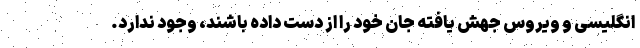
انگلیسی و ویروس جهش یافته جان خود را از دست داده باشند، وجود ندارد.